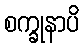
စက္ခုနာပိ